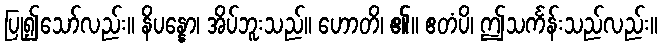
ပြု၍သော်လည်း။ နိပန္နော၊ အိပ်ဘူးသည်။ ဟောတိ၊ ၏။ ဧတံပိ၊ ဤသင်္ကန်းသည်လည်း။